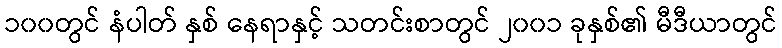
၁၀၀တွင် နံပါတ် နှစ် နေရာနှင့် သတင်းစာတွင် ၂၀၀၁ ခုနှစ်၏ မီဒီယာတွင်